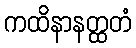
ကထိနာနတ္ထတံ